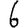
Digit: 6